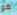
هو